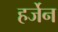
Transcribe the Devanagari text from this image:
हर्जेन